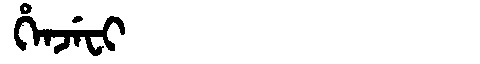
Manchu: ᡥᡝᠨᠵᡝᠸᡳ
Romanization: HENJEFI